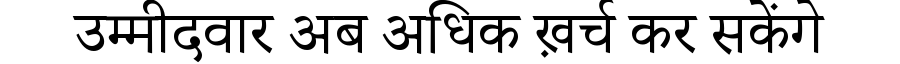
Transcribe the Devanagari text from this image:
उम्मीदवार अब अधिक ख़र्च कर सकेंगे